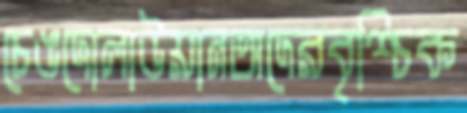
চেঙদোলাউয়ানঅদেরবৃশ্চিক